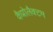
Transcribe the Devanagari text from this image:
कैप्रोलैक्टम